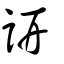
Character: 詽